Indian journal of veterinary science and animal husbandry - Volumes 26-27, 1956-1957
Year: 1956
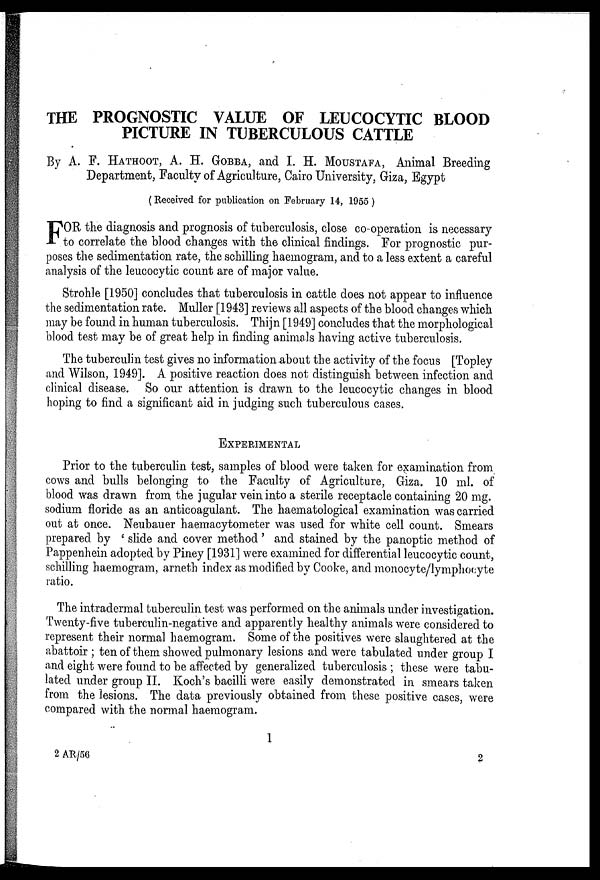
THE PROGNOSTIC VALUE OF LEUCOCYTIC BLOOD
PICTURE IN TUBERCULOUS CATTLE
By A. F. HATHOOT, A. H. GOBBA, and I. H. MOUSTAFA, Animal Breeding
Department, Faculty of Agriculture, Cairo University, Giza, Egypt
(Received for publication on February 14, 1955)
F OR the diagnosis and prognosis of tuberculosis, close co-operation is necessary
to correlate the blood changes with the clinical findings. For prognostic pur-
poses the sedimentation rate, the schilling haemogram, and to a less extent a careful
analysis of the leucocytic count are of major value.
Strohle [1950] concludes that tuberculosis in cattle does not appear to influence
the sedimentation rate. Muller [1943] reviews all aspects of the blood changes which
may be found in human tuberculosis. Thijn [1949] concludes that the morphological
blood test may be of great help in finding animals having active tuberculosis.
The tuberculin test gives no information about the activity of the focus [Topley
and Wilson, 1949]. A positive reaction does not distinguish between infection and
clinical disease. So our attention is drawn to the leucocytic changes in blood
hoping to find a significant aid in judging such tuberculous cases.
EXPERIMENTAL
Prior to the tuberculin test, samples of blood were taken for examination from
cows and bulls belonging to the Faculty of Agriculture, Giza. 10 ml. of
blood was drawn from the jugular vein into a sterile receptacle containing 20 mg.
sodium floride as an anticoagulant. The haematological examination was carried
out at once. Neubauer haemacytometer was used for white cell count. Smears
prepared by ' slide and cover method' and stained by the panoptic method of
Pappenhein adopted by Piney [1931] were examined for differential leucocytic count,
schilling haemogram, arneth index as modified by Cooke, and monocyte/lymphocyte
ratio.
The intradermal tuberculin test was performed on the animals under investigation.
Twenty-five tuberculin-negative and apparently healthy animals were considered to
represent their normal haemogram. Some of the positives were slaughtered at the
abattoir ; ten of them showed pulmonary lesions and were tabulated under group I
and eight were found to be affected by generalized tuberculosis ; these were tabu-
lated under group II. Koch's bacilli were easily demonstrated in smears taken
from the lesions. The data previously obtained from these positive cases, were
compared with the normal haemogram.
1
2 AR/56
2